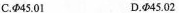
C.Φ45.01 D.Φ45.02